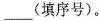
___(填序号)。